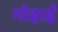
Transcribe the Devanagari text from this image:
गोहार्इं